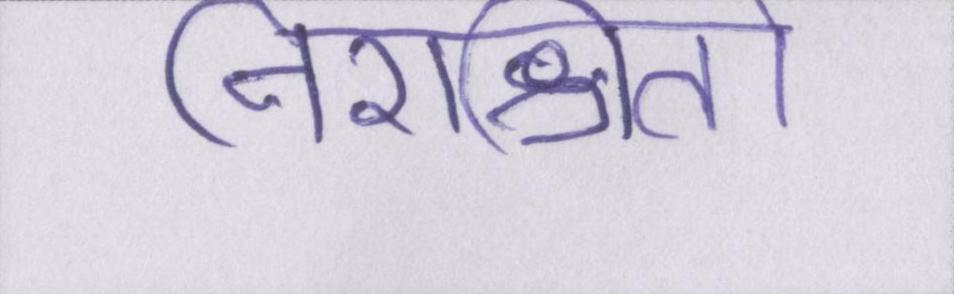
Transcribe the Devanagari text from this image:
निराश्रितों